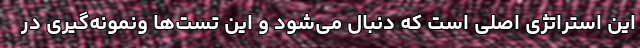
این استراتژی اصلی است که دنبال می‌شود و این تست‌ها ونمونه‌گیری در